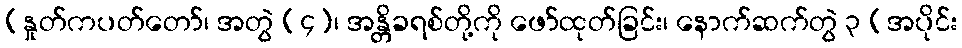
(နှုတ်ကပတ်တော်၊ အတွဲ (၄)၊ အန္တိခရစ်တို့ကို ဖော်ထုတ်ခြင်း၊ နောက်ဆက်တွဲ ၃ (အပိုင်း